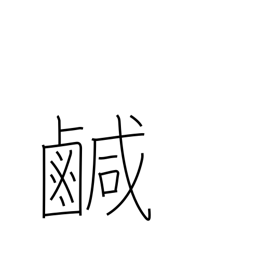
Meaning: salty